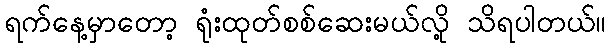
ရက်နေ့မှာတော့ ရုံးထုတ်စစ်ဆေးမယ်လို့ သိရပါတယ်။